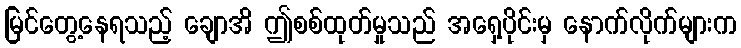
မြင်တွေ့နေရသည့် ချောအိ ဤစစ်ထုတ်မှုသည် အရှေ့ပိုင်းမှ နောက်လိုက်များက